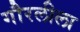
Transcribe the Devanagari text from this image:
गौरलीला